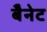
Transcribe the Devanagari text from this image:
बैेनेट